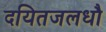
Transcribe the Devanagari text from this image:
दयितजलधौ